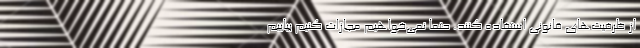
از ظرفیت‌های قانونی استفاده کنند. حتما نمی‌خواهیم مجازات کنیم بیاییم